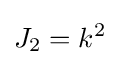
J_{2}=k^{2}\,\!